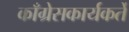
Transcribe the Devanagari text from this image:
काँग्रेसकार्यकर्ते